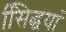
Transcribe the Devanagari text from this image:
सििद्धयां